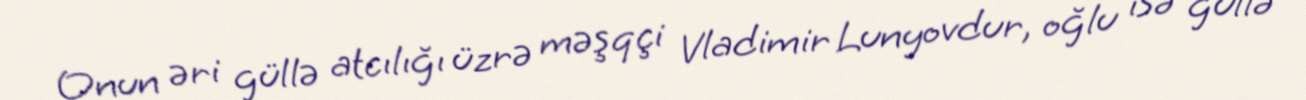
Onun əri güllə atcılığı üzrə məşqçi Vladimir Lunyovdur, oğlu isə güllə